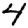
Digit: 4